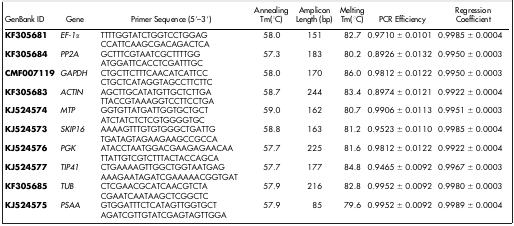
<table><thead><tr><td><b>GenBank ID</b></td><td><b>Gene</b></td><td><b>Primer Sequence (5′–3′)</b></td><td><b>Annealing Tm(°C)</b></td><td><b>Amplicon Length (bp)</b></td><td><b>Melting Tm(°C)</b></td><td><b>PCR Efficiency</b></td><td><b>Regression Coefficient</b></td></tr></thead><tbody><tr><td><b>KF305681</b></td><td><i>EF-1α</i></td><td>TTTTGGTATCTGGTCCTGGAG CCATTCAAGCGACAGACTCA</td><td>58.0</td><td>151</td><td>82.7</td><td>0.9710 ± 0.0101</td><td>0.9985 ± 0.0004</td></tr><tr><td><b>KF305684</b></td><td><i>PP2A</i></td><td>GCTTTCGTAATCGCTTTTGG ATGGATTCACCTCGATTTGC</td><td>57.3</td><td>183</td><td>80.2</td><td>0.8926 ± 0.0132</td><td>0.9950 ± 0.0003</td></tr><tr><td><b>CMF007119</b></td><td><i>GAPDH</i></td><td>CTGCTTCTTTCAACATCATTCC CTGCTCATAGGTAGCCTTCTTC</td><td>58.0</td><td>170</td><td>86.0</td><td>0.9812 ± 0.0122</td><td>0.9950 ± 0.0003</td></tr><tr><td><b>KF305683</b></td><td><i>ACTIN</i></td><td>AGCTTGCATATGTTGCTCTTGA TTACCGTAAAGGTCCTTCCTGA</td><td>58.7</td><td>244</td><td>83.4</td><td>0.8974 ± 0.0121</td><td>0.9922 ± 0.0004</td></tr><tr><td><b>KJ524574</b></td><td><i>MTP</i></td><td>GGTGTTATGATTGGTGCTGCT ATCTATCTCTCGTGGGGTGC</td><td>59.0</td><td>162</td><td>80.7</td><td>0.9906 ± 0.0113</td><td>0.9951 ± 0.0003</td></tr><tr><td><b>KJ524573</b></td><td><i>SKIP16</i></td><td>AAAAGTTTGTGTGGGCTGATTG TGATAGTAGAAGAAGCCGCCA</td><td>58.8</td><td>163</td><td>81.2</td><td>0.9523 ± 0.0110</td><td>0.9985 ± 0.0004</td></tr><tr><td><b>KJ524576</b></td><td><i>PGK</i></td><td>ATACCTAATGGACGAAGAGAACAA TTATTGTCGTCTTTACTACCAGCA</td><td>57.7</td><td>225</td><td>81.6</td><td>0.9812 ± 0.0122</td><td>0.9922 ± 0.0004</td></tr><tr><td><b>KJ524577</b></td><td><i>TIP41</i></td><td>CTGAAAAGTTGGCTGGTAATGAG AAAGAATAGATCGAAAAACGGTGAT</td><td>57.7</td><td>177</td><td>84.8</td><td>0.9465 ± 0.0092</td><td>0.9967 ± 0.0003</td></tr><tr><td><b>KF305685</b></td><td><i>TUB</i></td><td>CTCGAACGCATCAACGTCTA CGAATCAATAAGCTCGGCTC</td><td>57.9</td><td>216</td><td>82.8</td><td>0.9952 ± 0.0092</td><td>0.9980 ± 0.0003</td></tr><tr><td><b>KJ524575</b></td><td><i>PSAA</i></td><td>GTGGATTTCTCATAGTTGGTGCT AGATCGTTGTATCGAGTAGTTGGA</td><td>57.9</td><td>85</td><td>79.6</td><td>0.9952 ± 0.0092</td><td>0.9989 ± 0.0004</td></tr></tbody></table>